画像に写った文字を読んでください
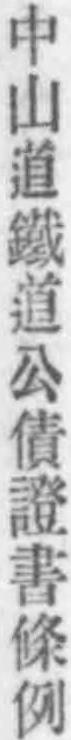
「中山道鐵道公債證書條例」と書いてあります